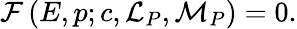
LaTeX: {\cal F}\left(E,p;c,{\cal L}_{P},{\cal M}_{P}\right)=0.